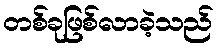
တစ်ခုဖြစ်လာခဲ့သည်